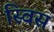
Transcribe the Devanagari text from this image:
स्‍विस